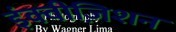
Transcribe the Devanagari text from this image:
इंक्वीज़िशन